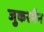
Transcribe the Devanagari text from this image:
जुकरमैन